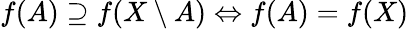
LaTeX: f(A)\supseteq f(X\setminus A)\Leftrightarrow f(A)=f(X)